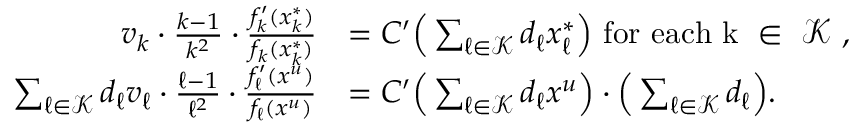
\begin{array} { r l } { v _ { k } \cdot \frac { k - 1 } { k ^ { 2 } } \cdot \frac { f _ { k } ^ { \prime } ( x _ { k } ^ { * } ) } { f _ { k } ( x _ { k } ^ { * } ) } } & { = C ^ { \prime } \Big ( \sum _ { \ell \in \mathcal { K } } d _ { \ell } x _ { \ell } ^ { * } \Big ) \mathrm { ~ f o r ~ e a c h ~ k ~ \in ~ \mathcal { K } ~ , } } \\ { \sum _ { \ell \in \mathcal { K } } d _ { \ell } v _ { \ell } \cdot \frac { \ell - 1 } { \ell ^ { 2 } } \cdot \frac { f _ { \ell } ^ { \prime } ( x ^ { u } ) } { f _ { \ell } ( x ^ { u } ) } } & { = C ^ { \prime } \Big ( \sum _ { \ell \in \mathcal { K } } d _ { \ell } x ^ { u } \Big ) \cdot \Big ( \sum _ { \ell \in \mathcal { K } } d _ { \ell } \Big ) . } \end{array}